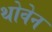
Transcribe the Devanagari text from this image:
थोवेन